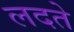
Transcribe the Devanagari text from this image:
लदते